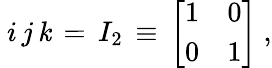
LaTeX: ~i\, j\, \mathit{k}\, =\, I_{2}\, \equiv\, {\left[\begin{array}{ll}{1}&{0}\\ {0}&{1}\end{array}\right]}~,